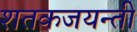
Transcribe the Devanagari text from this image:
शतकजयन्ती